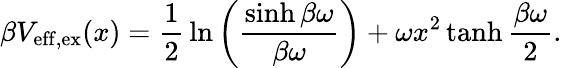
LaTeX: \beta V_{\mathrm{eff,ex}}(x)=\frac{1}{2}\, \ln\left(\frac{\sinh\beta\omega}{\beta\omega}\right)+\omega x^{2}\operatorname{tanh}\frac{\beta\omega}{2}.